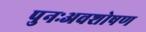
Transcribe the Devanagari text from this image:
पुनःअवशोषण